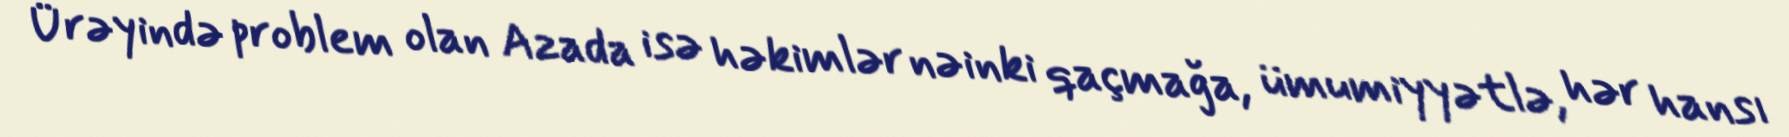
Ürəyində problem olan Azada isə həkimlər nəinki qaçmağa, ümumiyyətlə, hər hansı